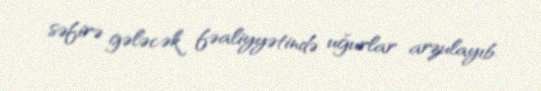
səfirə gələcək fəaliyyətində uğurlar arzulayıb.